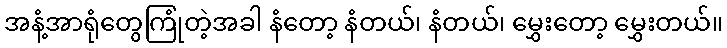
အနံ့အာရုံတွေကြုံတဲ့အခါ နံတော့ နံတယ်၊ နံတယ်၊ မွှေးတော့ မွှေးတယ်။